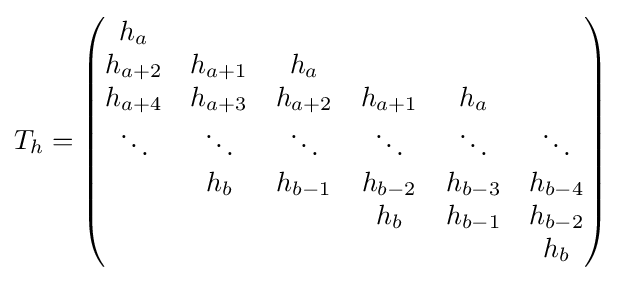
T_{h}={\begin{pmatrix}h_{a}&&&&&\\h_{a+2}&h_{a+1}&h_{a}&&&\\h_{a+4}&h_{a+3}&h_{a+2}&h_{a+1}&h_{a}&\\\ddots &\ddots &\ddots &\ddots &\ddots &\ddots \\&h_{b}&h_{b-1}&h_{b-2}&h_{b-3}&h_{b-4}\\&&&h_{b}&h_{b-1}&h_{b-2}\\&&&&&h_{b}\end{pmatrix}}